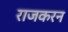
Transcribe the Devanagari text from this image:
राजकरन